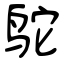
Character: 鸵